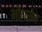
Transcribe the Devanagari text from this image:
मोंगसेन